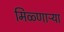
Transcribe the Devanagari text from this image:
मिळ्णाऱ्या